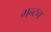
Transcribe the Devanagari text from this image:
गन्टन